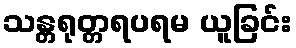
သန္တရုတ္တရပရမ ယူခြင်း